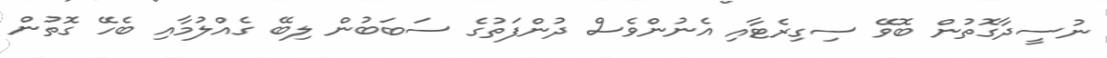
ނުސީދާގޮތުން ބޮވޭ ސިގިރެޓާއި އެނުންވެސް ދުންފަތުގެ ސަބަބުން ލިބޭ ގެއްލުމާއި ބެހޭ ގޮތުން